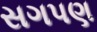
સગપણ